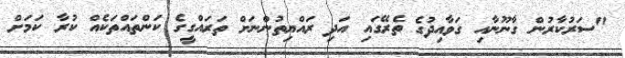
"ސަރުކާރުން ގާނޫނާއި ގަވާއިދުގެ ތެރޭގައި އަދި ރައްޔިތުންނަށް ތަރައްގީގެ ކަންތައްތަކެއް ކުރާ ކަމަށް